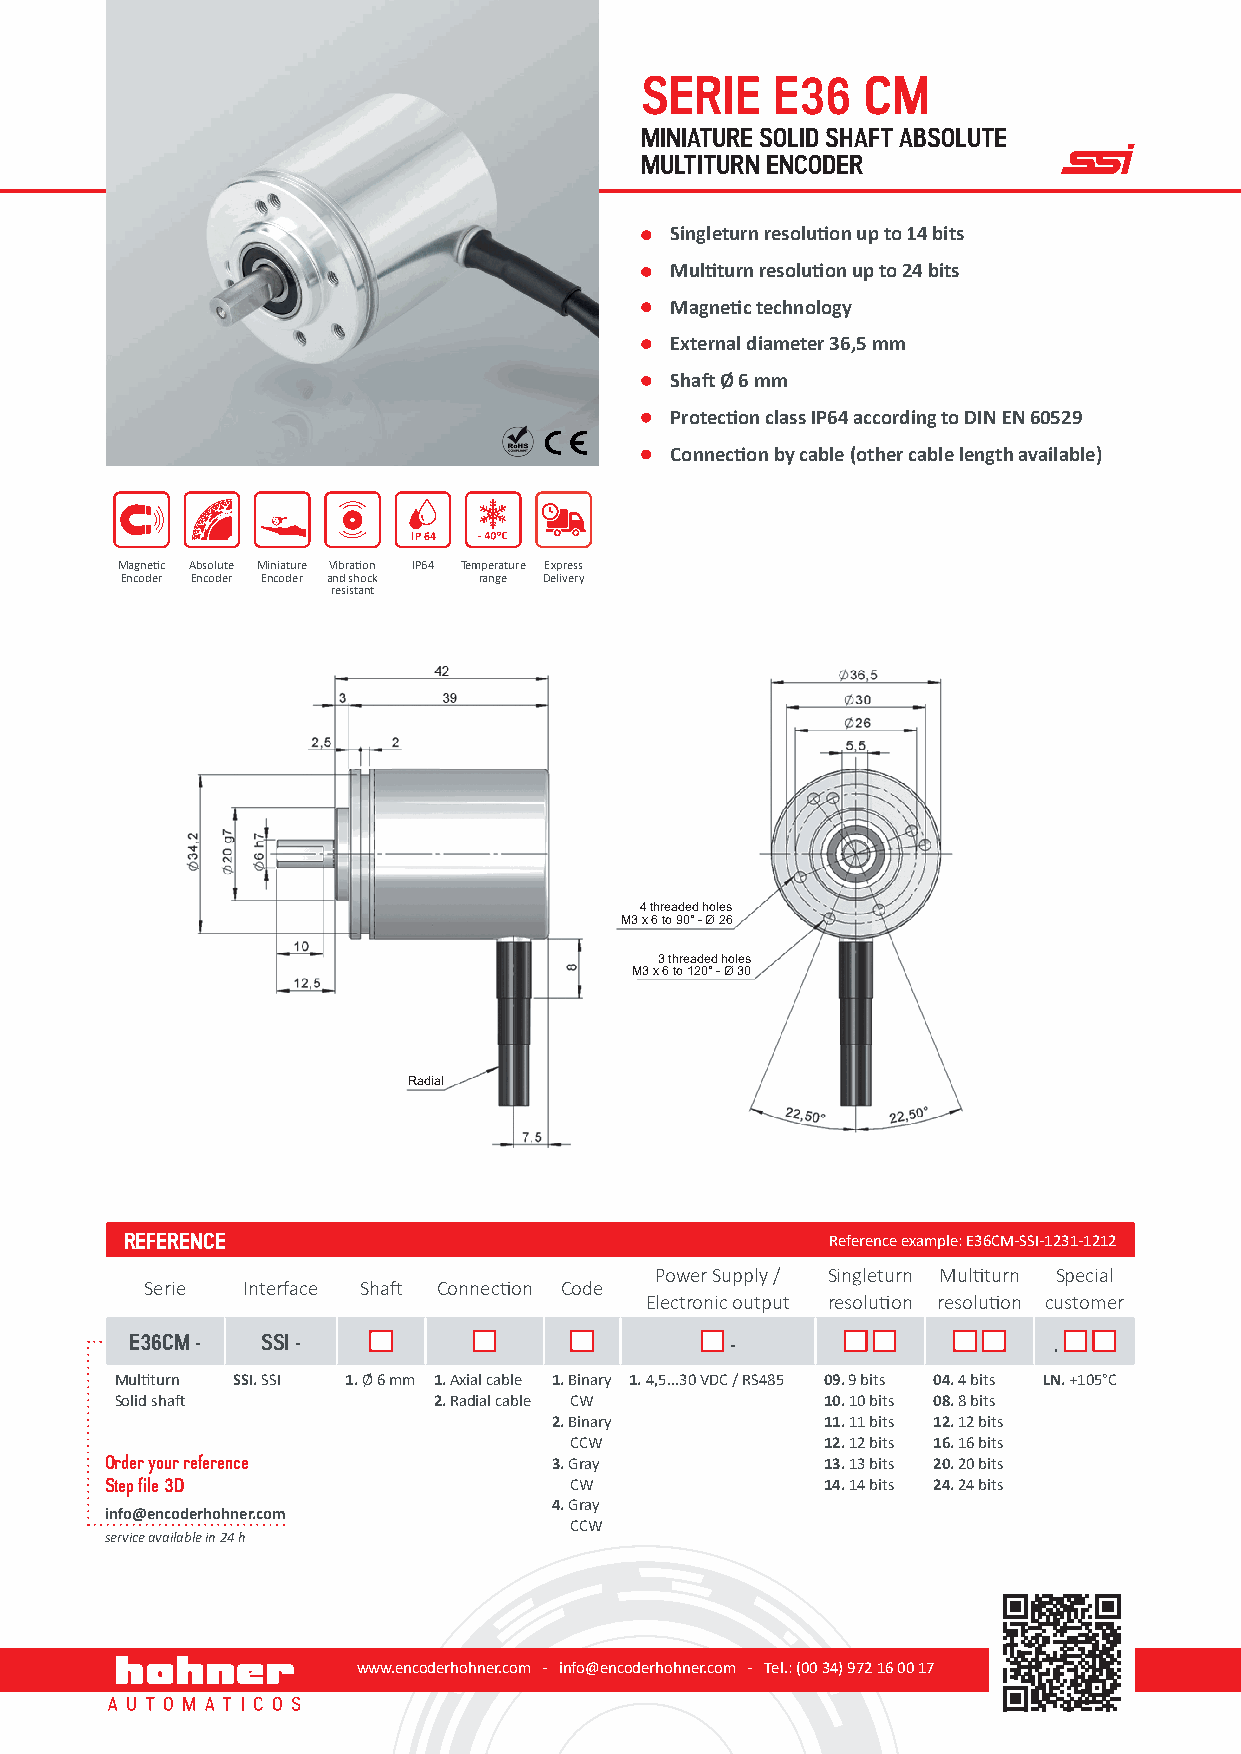
SERIE    E36   CM
 MINIATURE SOLID SHAFT ABSOLUTE
 MULTITURN ENCODER
 Singleturn resolution up to 14 bits
 Multiturn resolution up to 24 bits
 Magnetic technology
 External diameter 36,5 mm
 Shaft Ø 6 mm
 Protection class IP64 according to DIN EN 60529
 Connection by cable (other cable length available)
 IP 64
 Magnetic Absolute Miniature Vibration IP64 Temperature Express
 Encoder Encoder Encoder and shock range Delivery
 resistant
 4 threaded holes
 M3 x 6 to 90° - Ø 26
 3 threaded holes
 M3 x 6 to 120° - Ø 30
 Radial
 REFERENCE                                      Reference example: E36CM-SSI-1231-1212
 Power Supply / Singleturn Multiturn Special
 Serie Interface Shaft Connection Code
 Electronic output resolution resolution customer
 E36CM - SSI -                          -                     .
 Multiturn SSI. SSI 1. Ø 6 mm 1. Axial cable 1. Binary 1. 4,5...30 VDC / RS485 09. 9 bits 04. 4 bits LN. +105°C
 Solid shaft          2. Radial cable CW        10. 10 bits 08. 8 bits
 2. Binary         11. 11 bits 12. 12 bits
 CCW              12. 12 bits 16. 16 bits
 Order your reference          3. Gray           13. 13 bits 20. 20 bits
 Step file 3D                   CW               14. 14 bits 24. 24 bits
 4. Gray
 info@encoderhohner.com
 CCW
 service available in 24 h
 www.encoderhohner.com - info@encoderhohner.com - Tel.: (00 34) 972 16 00 17 1